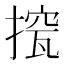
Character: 𢲁